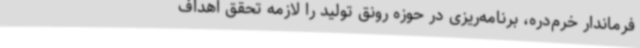
فرماندار خرم‌دره، برنامه‌ریزی در حوزه رونق تولید را لازمه تحقق اهداف